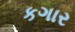
કગાર